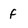
Character: f